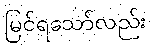
မြင်ရသော်လည်း